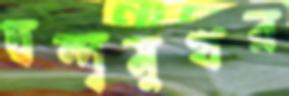
দ্বন্দ্বমুখর